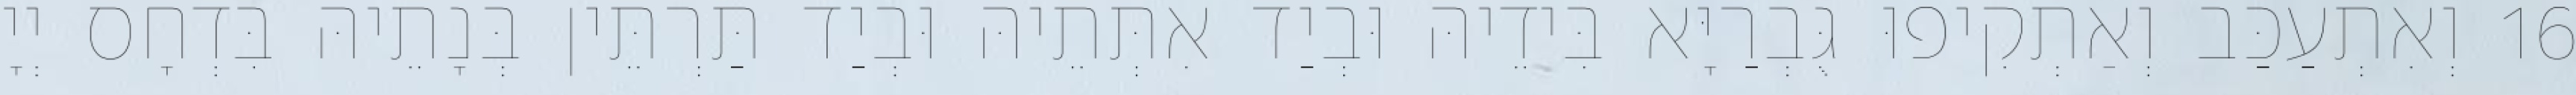
16 וְאִתְעַכַּב וְאַתְקִיפוּ גֻּבְרַיָּא בִּידֵיהּ וּבְיַד אִתְּתֵיהּ וּבְיַד תַּרְתֵּין בְּנָתֵיהּ בִּדְחָס יְיָ